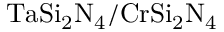
\mathrm { T a S i _ { 2 } N _ { 4 } / C r S i _ { 2 } N _ { 4 } }